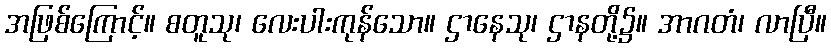
အဖြစ်ကြောင့်။ စတူသု၊ လေးပါးကုန်သော။ ဌာနေသု၊ ဌာနတို့၌။ အာဂတံ၊ လာပြီ။